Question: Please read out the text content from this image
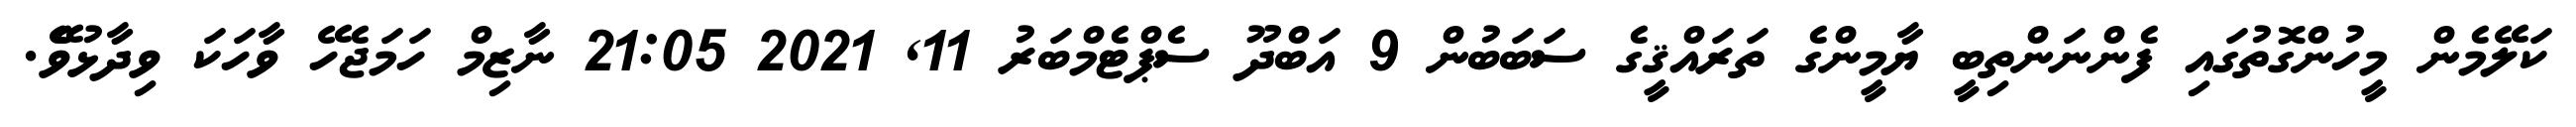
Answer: ކަލޭމެން މީހުންގޮތުގައި ފެންނަންތިބީ ޔާމީންގެ ތަރައްޤީގެ ސަބަބުން 9 އަބްދޫ ސެޕްޓެމްބަރު 11, 2021 21:05 ނާޒިމް ހަމަޖެހޭ ވާހަކަ ވިދާޅުވެޭ.